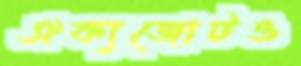
ঐক্যজোটও